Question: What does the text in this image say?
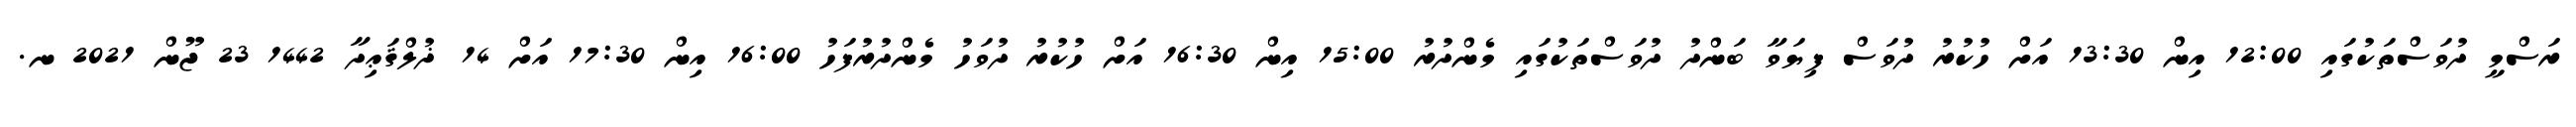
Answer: ރަސްމީ ދުވަސްތަކުގައި 12:00 އިން 13:30 އަށް ހުކުރު ދުވަސް ފިޔަވާ ބަންދު ދުވަސްތަކުގައި މެންދުރު 15:00 އިން 16:30 އަށް ހުކުރު ދުވަހު މެންދުރުފަހު 16:00 އިން 17:30 އަށް 14 ޛުލްޤަޢިދާ 1442 23 ޖޫން 2021 ނ.